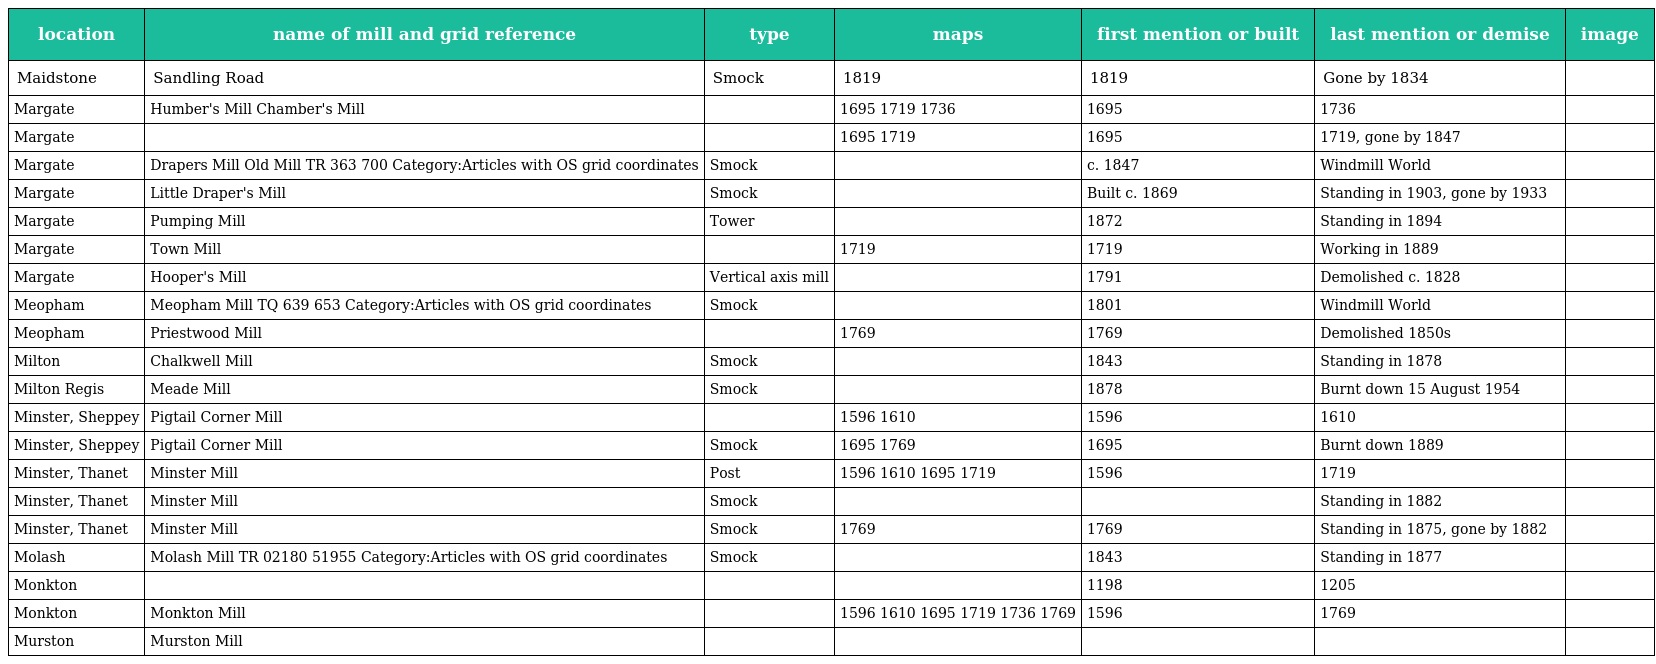
| location | name of mill and grid reference | type | maps | first mention or built | last mention or demise | image |
 | --- | --- | --- | --- | --- | --- | --- |
 | Maidstone | Sandling Road | Smock | 1819 | 1819 | Gone by 1834 |  |
 | Margate | Humber's Mill Chamber's Mill |  | 1695 1719 1736 | 1695 | 1736 |  |
 | Margate |  |  | 1695 1719 | 1695 | 1719, gone by 1847 |  |
 | Margate | Drapers Mill Old Mill TR 363 700 Category:Articles with OS grid coordinates | Smock |  | c. 1847 | Windmill World |  |
 | Margate | Little Draper's Mill | Smock |  | Built c. 1869 | Standing in 1903, gone by 1933 |  |
 | Margate | Pumping Mill | Tower |  | 1872 | Standing in 1894 |  |
 | Margate | Town Mill |  | 1719 | 1719 | Working in 1889 |  |
 | Margate | Hooper's Mill | Vertical axis mill |  | 1791 | Demolished c. 1828 |  |
 | Meopham | Meopham Mill TQ 639 653 Category:Articles with OS grid coordinates | Smock |  | 1801 | Windmill World |  |
 | Meopham | Priestwood Mill |  | 1769 | 1769 | Demolished 1850s |  |
 | Milton | Chalkwell Mill | Smock |  | 1843 | Standing in 1878 |  |
 | Milton Regis | Meade Mill | Smock |  | 1878 | Burnt down 15 August 1954 |  |
 | Minster, Sheppey | Pigtail Corner Mill |  | 1596 1610 | 1596 | 1610 |  |
 | Minster, Sheppey | Pigtail Corner Mill | Smock | 1695 1769 | 1695 | Burnt down 1889 |  |
 | Minster, Thanet | Minster Mill | Post | 1596 1610 1695 1719 | 1596 | 1719 |  |
 | Minster, Thanet | Minster Mill | Smock |  |  | Standing in 1882 |  |
 | Minster, Thanet | Minster Mill | Smock | 1769 | 1769 | Standing in 1875, gone by 1882 |  |
 | Molash | Molash Mill TR 02180 51955 Category:Articles with OS grid coordinates | Smock |  | 1843 | Standing in 1877 |  |
 | Monkton |  |  |  | 1198 | 1205 |  |
 | Monkton | Monkton Mill |  | 1596 1610 1695 1719 1736 1769 | 1596 | 1769 |  |
 | Murston | Murston Mill |  |  |  |  |  |